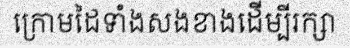
ក្រោមដៃទាំងសងខាងដើម្បីរក្សា